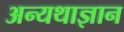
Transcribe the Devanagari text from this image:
अन्यथाज्ञान